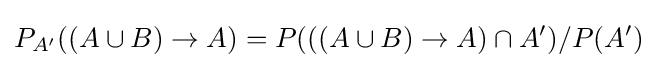
P_{A'}((A\cup B)\rightarrow A)=P(((A\cup B)\rightarrow A)\cap A')/P(A')